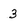
Character: 3